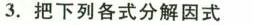
3.把下列各式分解因式